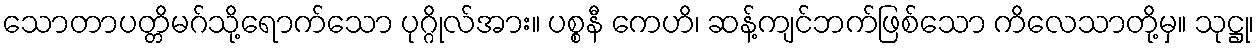
သောတာပတ္တိမဂ်သို့ရောက်သော ပုဂ္ဂိုလ်အား။ ပစ္စနီ ကေဟိ၊ ဆန့်ကျင်ဘက်ဖြစ်သော ကိလေသာတို့မှ။ သုဋ္ဌု၊